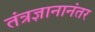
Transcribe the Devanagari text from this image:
तंत्रज्ञानानंतर